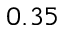
0 . 3 5